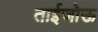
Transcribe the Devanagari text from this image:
ताईजोऊ